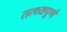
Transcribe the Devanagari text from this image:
तत्थ्यपूर्ण